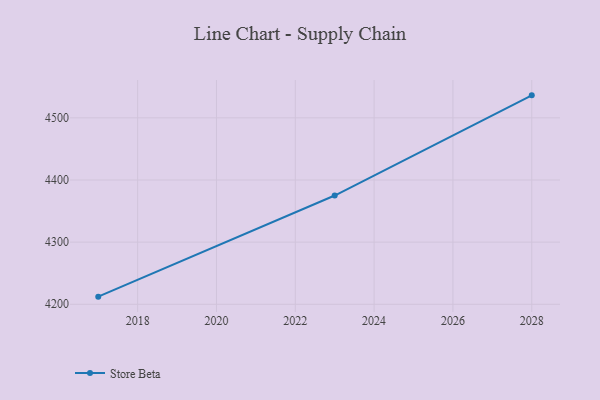
{"axis": {"x": "Year", "y": "Revenue (USD Million)"}, "legend": ["Store Beta"], "data": [{"x": "2028", "y": 4536.2, "type": "Store Beta"}, {"x": "2023", "y": 4375.0, "type": "Store Beta"}, {"x": "2017", "y": 4212.3, "type": "Store Beta"}]}